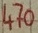
Text: 470